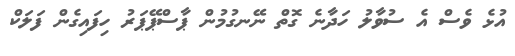
އުޅެ ވެސް އެ ސުވާލު ހަދާނެ ގޮތް ނޭނގުމުން ޕާސްޕޭޕަރު ހިފައިގެން ފަލަކް